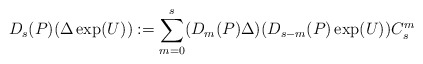
\begin{align*}D_{s}(P)(\Delta \exp(U)):=\sum_{m=0}^{s}(D_{m}(P)\Delta)(D_{s-m}(P) \exp(U))C_{s}^{m}\end{align*}